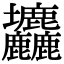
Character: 𡔙